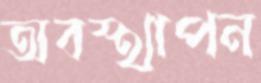
অবস্থাপন